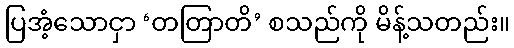
ပြအံ့သောငှာ ‘တတြာတိ’ စသည်ကို မိန့်သတည်း။